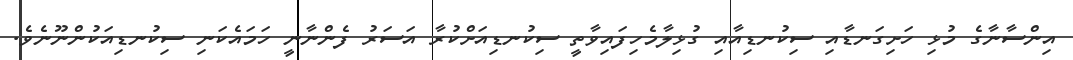
އިންސާނާގެ މުޅި ހަށިގަނޑާއި ސިކުނޑިއާއި ގުޅިލާމެހިފައިވާތީ ސިކުނޑިއަށްކުރާ އަސަރު ފެންނާނީ ހަމައެކަނި ސިކުނޑިއަކުންނޫނެވެ.